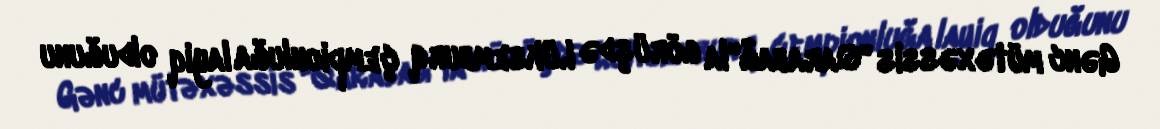
Gənc mütəxəssis "Qarabağ"la görüşdə Lüksemburq çempionluğa layiq olduğunu